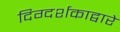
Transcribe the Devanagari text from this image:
दिग्दर्शकाद्वारे